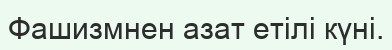
Фашизмнен азат етілі күні.